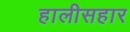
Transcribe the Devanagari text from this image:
हालीसहार